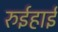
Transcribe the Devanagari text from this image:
रुईहाई